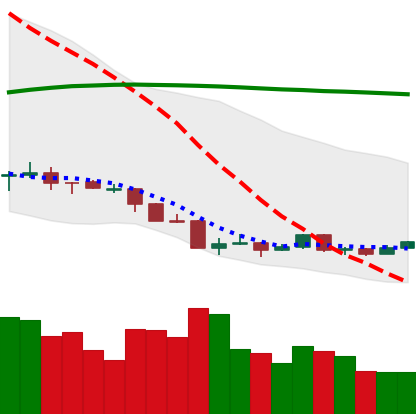
Ticker: ETH-USD
Chart end date: 2018-04-08
Forward return: 23.028%
Label: up_7plus